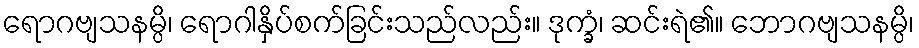
ရောဂဗျသနမ္ပိ၊ ရောဂါနှိပ်စက်ခြင်းသည်လည်း။ ဒုက္ခံ၊ ဆင်းရဲ၏။ ဘောဂဗျသနမ္ပိ၊